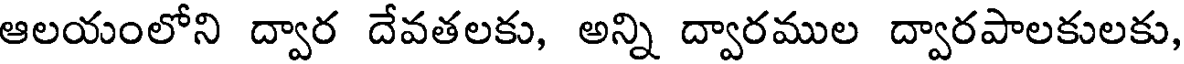
ఆలయంలోని ద్వార దేవతలకు, అన్ని ద్వారముల ద్వారపాలకులకు,